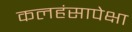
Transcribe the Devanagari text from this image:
कलहंसापेक्षा